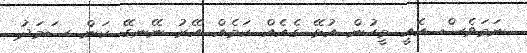
ނަމަވެސް އެއީ މީހުން އުޅޭ ގެއެއް ކަމެއް އޭރު ނޭނގޭ ކަން ސަމަދު